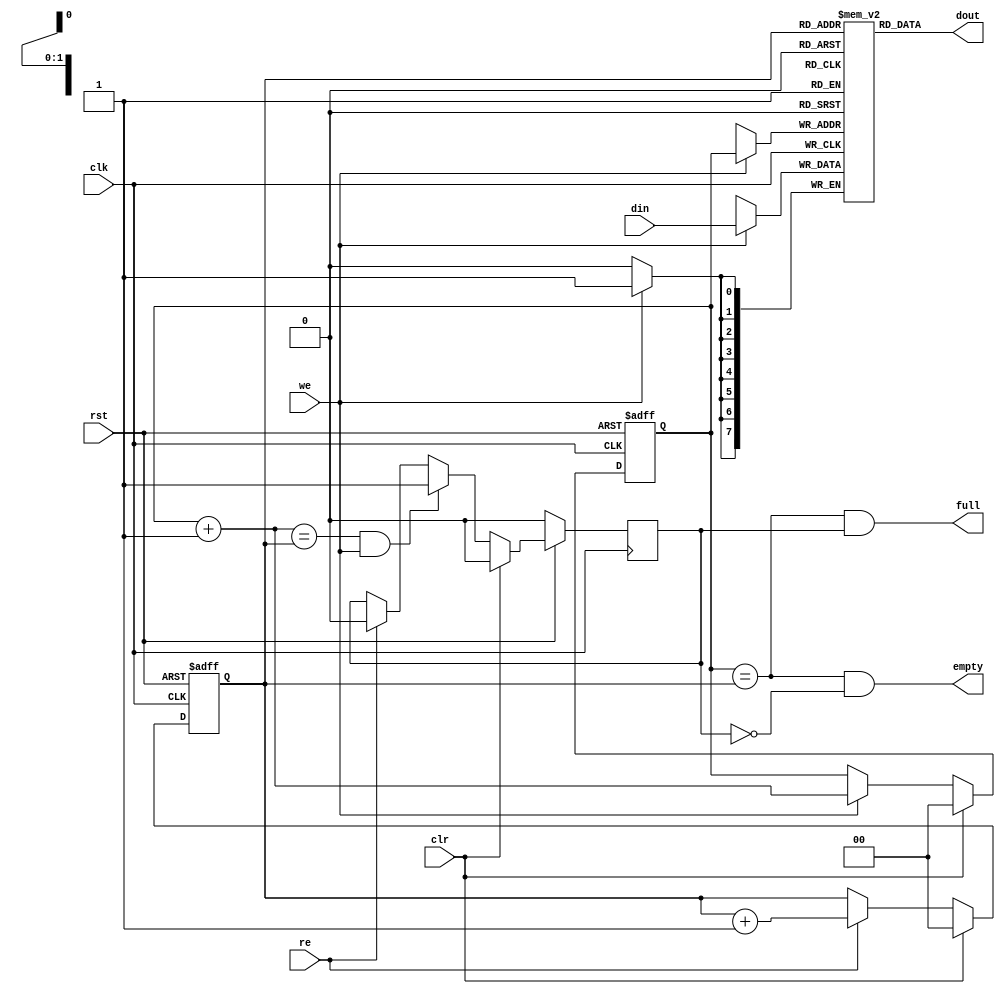
module fifo4(clk, rst, clr,  din, we, dout, re, full, empty);

parameter dw = 8;           // data width

input		clk, rst;
input		clr;
input   [dw:1]	din;
input		we;             // write enable
output  [dw:1]	dout;
input		re;             // read enable
output		full, empty;


////////////////////////////////////////////////////////////////////
//
// Local Wires
//

reg     [dw:1]	mem[0:3];
reg     [1:0]   wp;         // write pointer
reg     [1:0]   rp;         // read pointer
wire    [1:0]   wp_p1;      // write pointer + 1
wire    [1:0]   rp_p1;      // read pointer + 1
wire		full, empty;
reg		gb;

////////////////////////////////////////////////////////////////////
//
// Misc Logic
//

always @(posedge clk or negedge rst)
        if(!rst)	wp <= #1 2'h0;
        else
        if(clr)		wp <= #1 2'h0;
        else
        if(we)		wp <= #1 wp_p1;

assign wp_p1 = wp + 2'h1;

always @(posedge clk or negedge rst)
        if(!rst)	rp <= #1 2'h0;
        else
        if(clr)		rp <= #1 2'h0;
        else
        if(re)		rp <= #1 rp_p1;

assign rp_p1 = rp + 2'h1;

// Fifo Output
assign  dout = mem[ rp ];

// Fifo Input
always @(posedge clk)
        if(we)	mem[ wp ] <= #1 din;

// Status
assign empty = (wp == rp) & !gb;
assign full  = (wp == rp) &  gb;

// Guard Bit ...
always @(posedge clk)
	if(!rst)			gb <= #1 1'b0;
	else
	if(clr)				gb <= #1 1'b0;
	else
	if((wp_p1 == rp) & we)		gb <= #1 1'b1;
	else
	if(re)				gb <= #1 1'b0;

endmodule